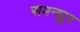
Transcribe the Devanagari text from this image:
समनपुर